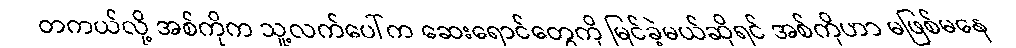
တကယ်လို့ အစ်ကိုက သူ့လက်ပေါ်က ဆေးရောင်တွေကို မြင်ခဲ့မယ်ဆိုရင် အစ်ကိုဟာ မဖြစ်မနေ